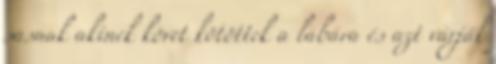
sasnak akinek követ kötöttek a lábára és azt várják